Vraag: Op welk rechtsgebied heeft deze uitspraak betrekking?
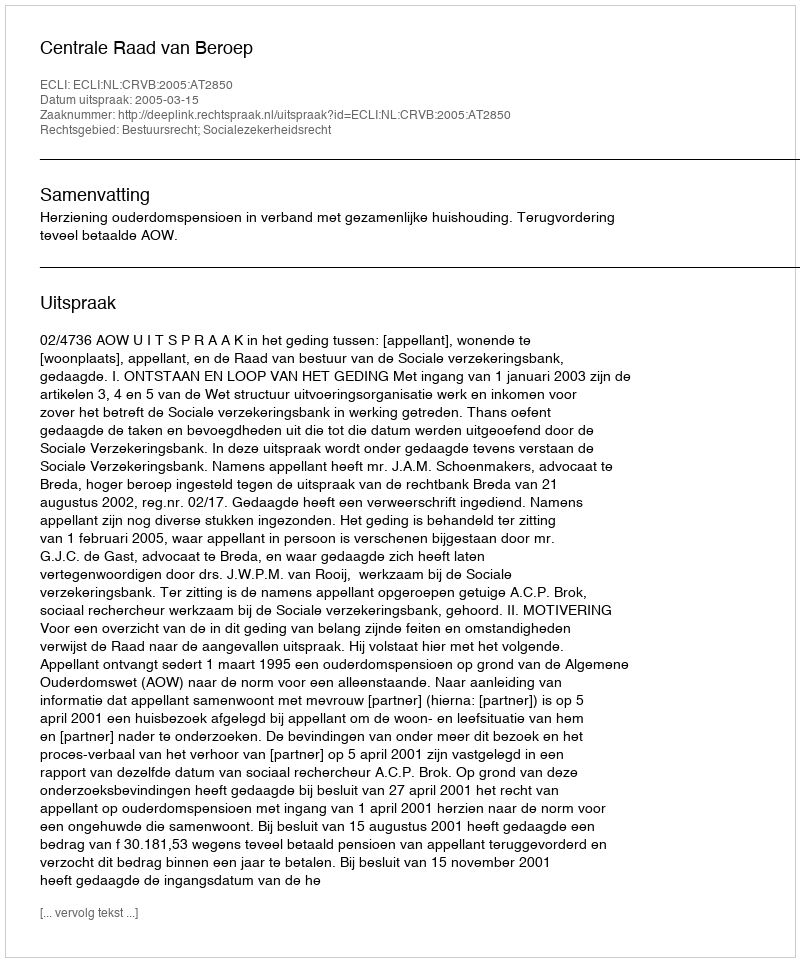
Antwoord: Bestuursrecht; Socialezekerheidsrecht